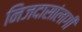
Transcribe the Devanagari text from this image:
निजदासांलागी